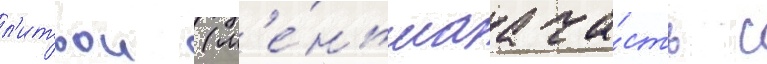
л'итвои (м'е́ньшаа ча́сть с